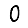
Digit: 0